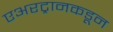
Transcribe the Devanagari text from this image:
एअरट्रानकडून